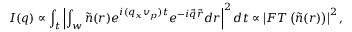
I ( \boldsymbol { q } ) \propto \int _ { t } \left| \int _ { w } \tilde { n } ( \boldsymbol { r } ) e ^ { i ( q _ { x } v _ { p } ) t } e ^ { - i \vec { q } \vec { r } } d \boldsymbol { r } \right| ^ { 2 } d t \propto \left| F T \left( \tilde { n } ( \boldsymbol { r } ) \right) \right| ^ { 2 } ,